Annual report on the working of the lock hospitals in the Central Provinces
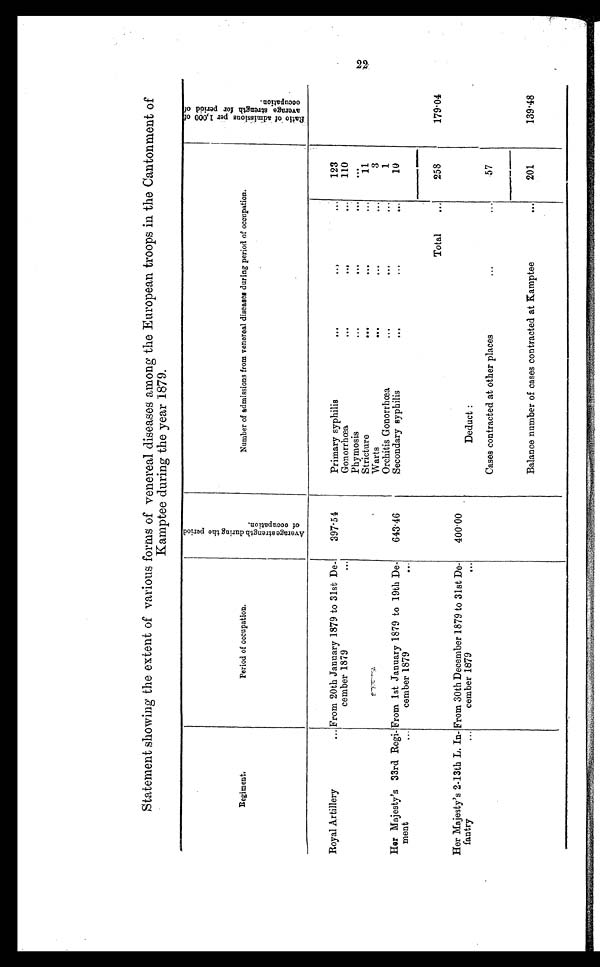
Statement showing the extent of various forms of venereal diseases among the European troo
ps in the Cantonment of Kamptee during the year 1879.
Regiment.
Period of occupation.
A v e r a g e s t r e n g t h d u r i n g t h e p e r i o d o f o c c u p a t i o n .
Number of admissions from venereal diseases during period of occupation.
R a t i o o f a d m i s s i o n p e r 1 , 0 0 0 o f a v e r a g e s t r e n g t h f o r p e r i o d o f o c c u p t i o n .
Royal Artillery
... From 20th January 1879 to 31st De-
cember 1879
. . .
397 . 51
Primary syphilis
...
...
123
Gonorrhœa
110
Phymosis
...
...
Stricture
...
...
...
11
Warts
...
...
...
3
Orchitis Gonorrhœa
...
...
...
1
Her Majesty's 33rd Regi-
ment
From 1st January 1879 to 19th De-
cember 1879
. . .
643 . 46
Secondary syphilis
...
...
....
10
Total
...
258
179·04
Her Majesty's 2-13th L. In-
fantry
From 30th December 1879 to 31st De-
cember 1879
. . .
400·00
Deduct :
Cases contracted at other places
...
57
Balance number of cases contracted at Kamptee
201
139·48
2 2